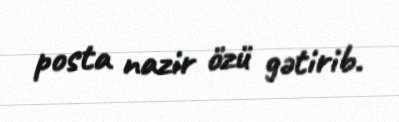
posta nazir özü gətirib.